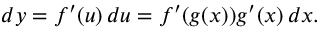
d y = f ^ { \prime } ( u ) \, d u = f ^ { \prime } ( g ( x ) ) g ^ { \prime } ( x ) \, d x .